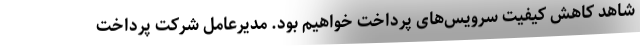
شاهد کاهش کیفیت سرویس‌های پرداخت خواهیم بود. مدیرعامل شرکت پرداخت